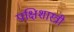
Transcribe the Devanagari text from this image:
पक्षिशास्त्री